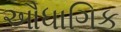
ઔધાગિક